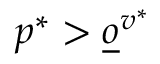
p ^ { * } > \underline { o } ^ { v ^ { * } }